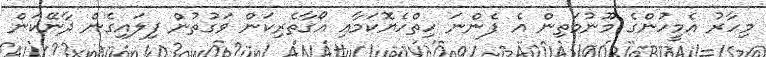
މިހާރު އެމީހުންގެ މޫނުމަތިން އެ ފެންނަ ހިތްހެޔޮކަމާއި އޯގާތެރިކަން ވަގުތުން ފިލައިގެން ދާނޭކަން